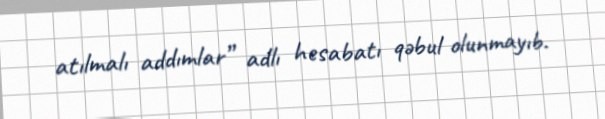
atılmalı addımlar” adlı hesabatı qəbul olunmayıb.